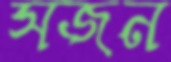
সজন